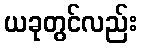
ယခုတွင်လည်း